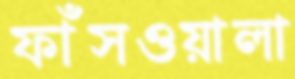
ফাঁসওয়ালা